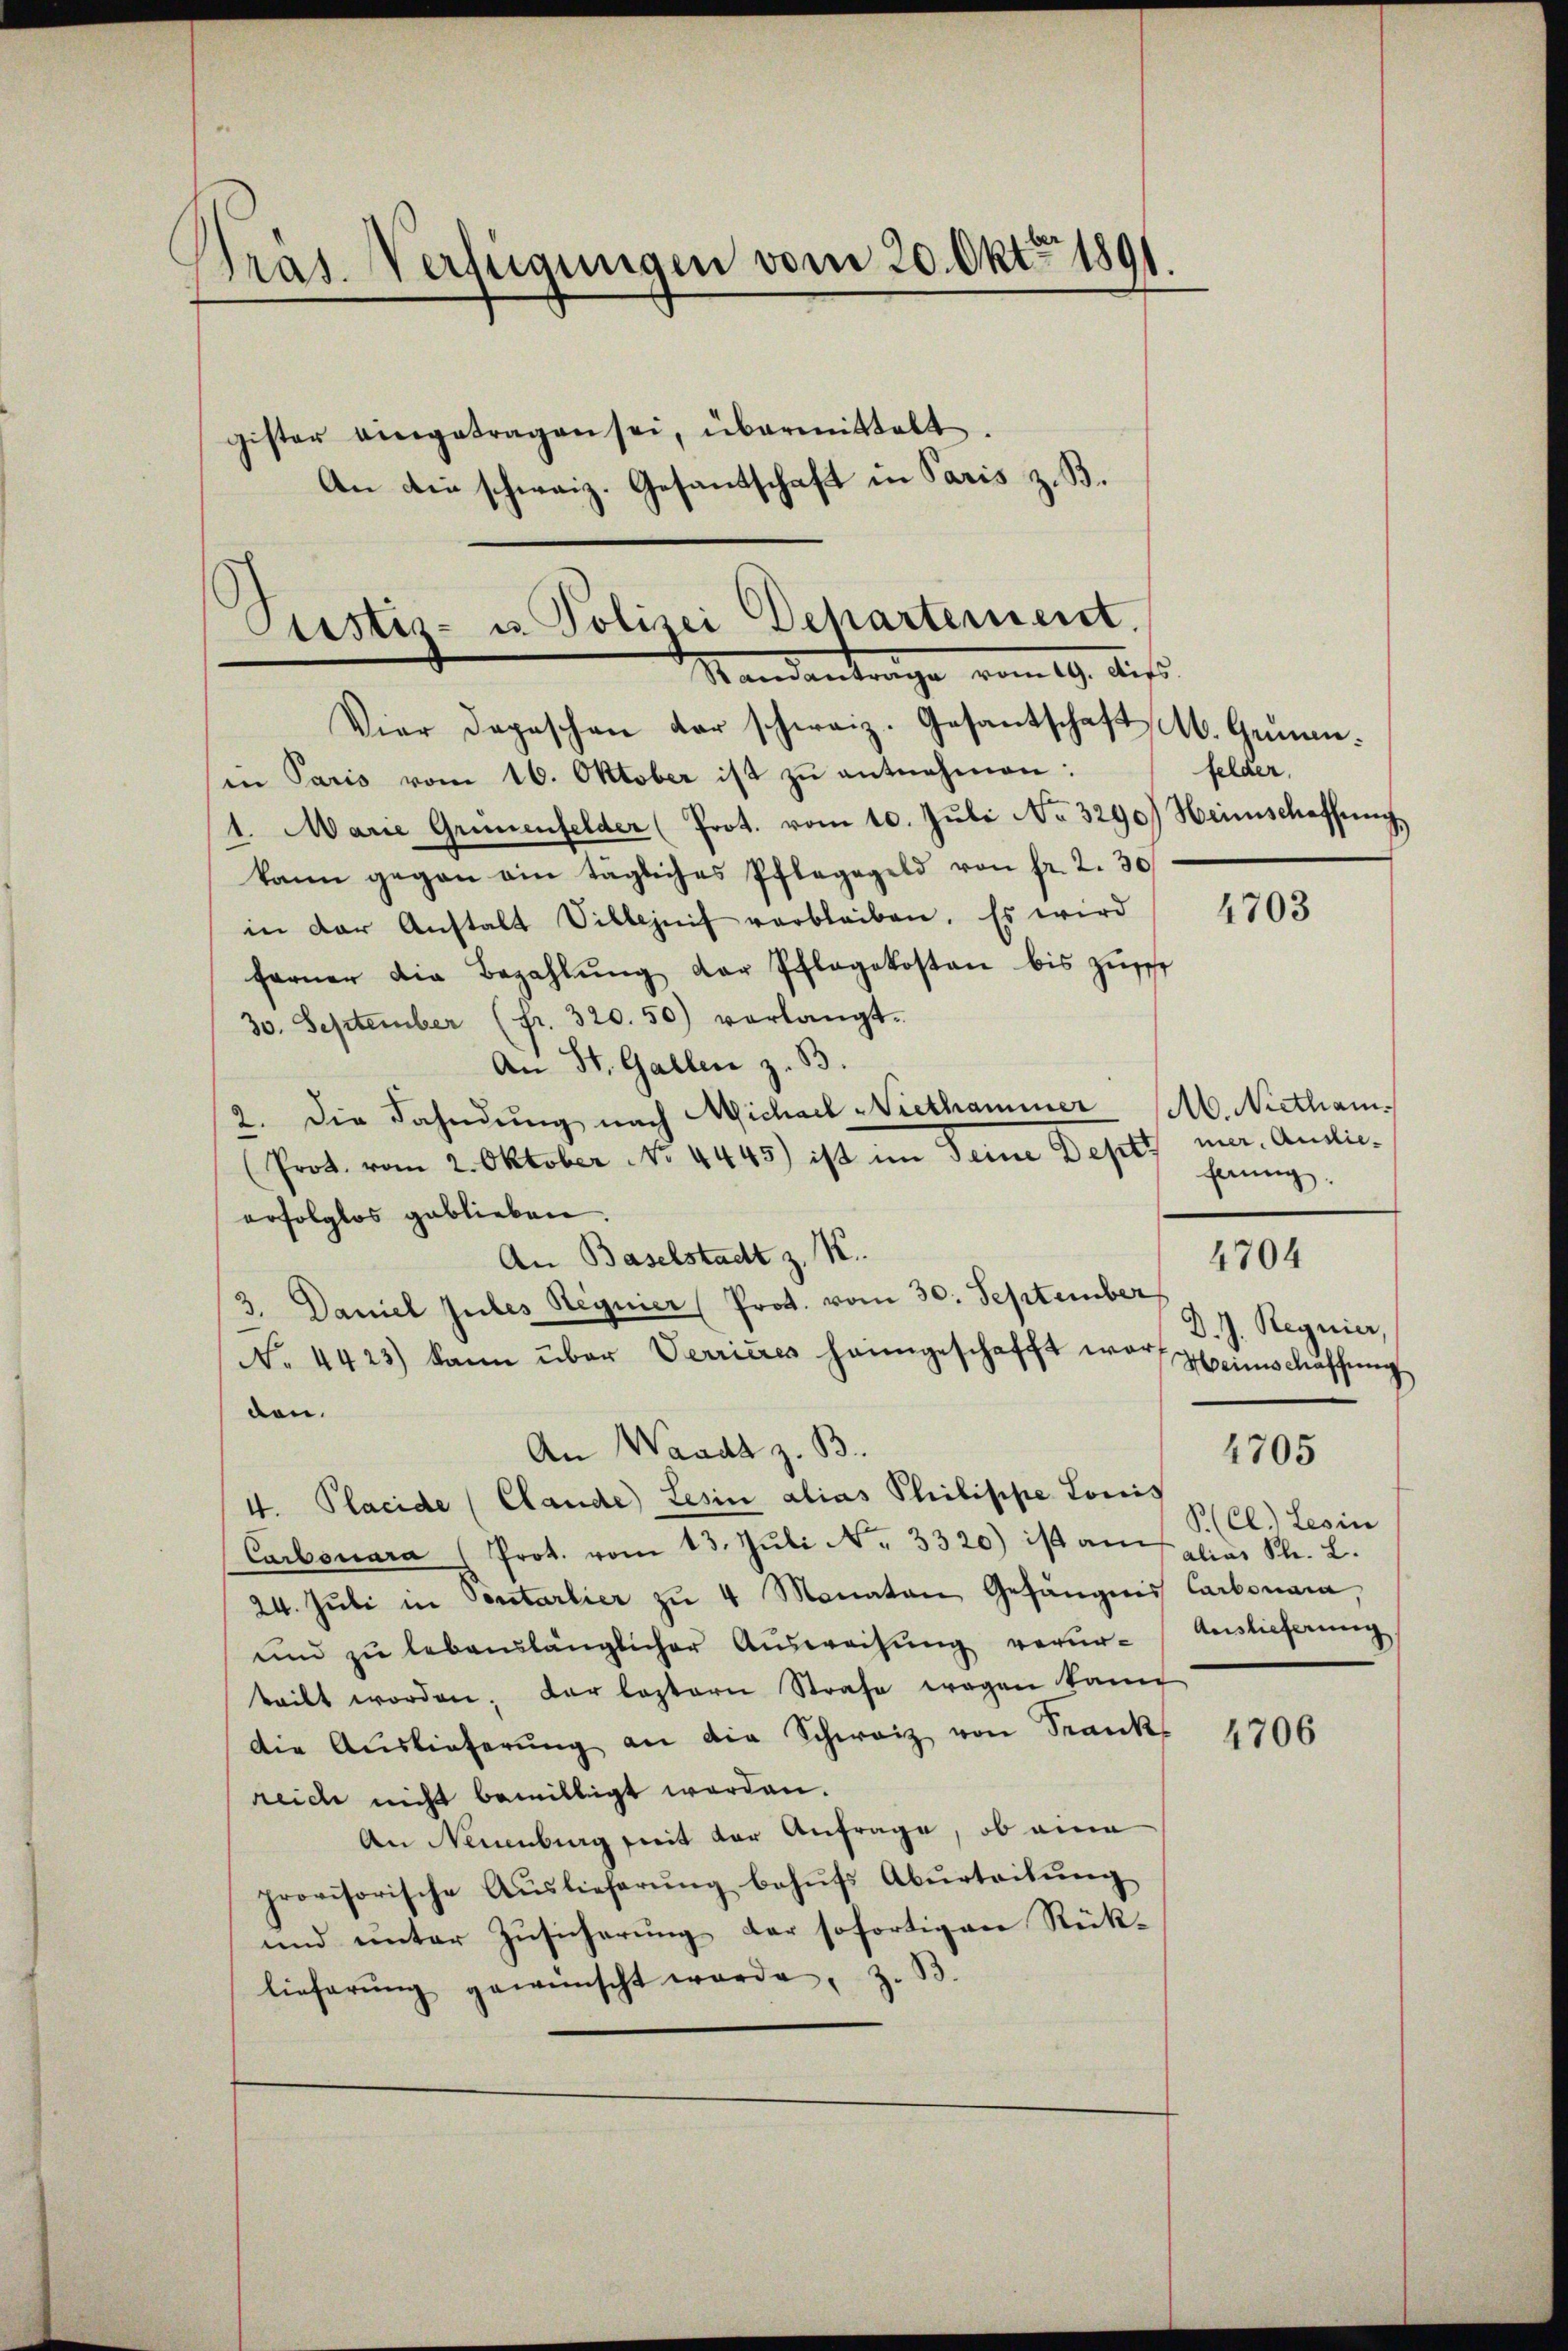
h
Präs. Verfügungen vom 20. Okt. 1891
gister eingetragen sei, übermittelt
An die schweiz. Gesandschaft in Paris z. B.

Pustiz- u. Polizei Departement.
Mandantrage vom 19. Auß

Vier Depeschen der schweiz. Gesantschaft M. Gemeinin Paris vom 16. Oktober ist zŭ entnehmen:
1. Marie Grienfelder (Prot. vom 10. Jŭli No 3290.) Heimschaffŭng
kann gegen ain tägliches Pfleggeld von fr. 2. 30
in der Anstalt Sillaif verbleiben. Es wird
ferner die Bezahlŭng der Pflegekosten bis zŭsch
30. September (fr. 320. 50) verlangt.
An St. Gallen z. B.
2. Die Fahndung nach Michael Viethammer Ab. Nictham¬
(Prot. vom 2. Oktober No. 4445) ist im Seine Depots mer Audieerfolglos geblieben
An Baselstadt z. K.
3. Daniel zules Regnier (Prot. vom 30. September
N. 4423) kann über Verrieres heimgeschafft war,
den.
An Waadt z. B.
4. Placide (Clande Lesin alias Philippe Louis
Carbonara (Prot. vom 13. Jŭli Nr. 3320) ist auf aller St. L.
24. Jŭli in Sontarlier zu 4 Monaten Gefängnis Carbonara,
ŭnd zŭ lebenslänglicher Aŭsweisŭng verur-Auslieferung
teilt worden; der leztern Strafe wegen kann
die Auslieferŭng an die Schweiz von Frank
reich nicht bewilligt worden.
An Neuenburg seit der Anfrage, ob eine
provisorische Aŭslieferŭng behŭfs Abŭrteilŭng
und unter Zusicherung der sofortigen Rück-
lieferŭng gewünscht werde, z. B.

felder,

4703

fanng.

4704

D. J. Regnier,
Heinschaffung
SCl.) Lesin

4705

4706